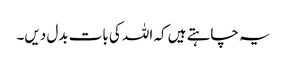
یہ چاہتے ہیں کہ اللہ کی بات بدل دیں۔